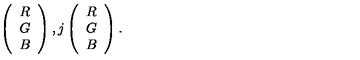
\left( \begin{array} { c } { R } \\ { G } \\ { B } \\ \end{array} \right) , j \left( \begin{array} { c } { R } \\ { G } \\ { B } \\ \end{array} \right) .